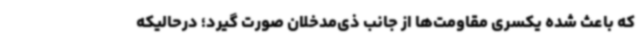
که باعث شده یکسری مقاومت‌ها از جانب ذی‌مدخلان صورت گیرد؛ درحالیکه